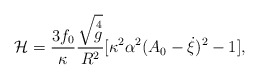
\begin{align*}\mathcal{H}=\frac{3f_0}{\kappa}\frac{\sqrt{\mathop{g}\limits^4}}{R^2}[\kappa^2\alpha^2(A_0-\dot{\xi})^2-1],\end{align*}